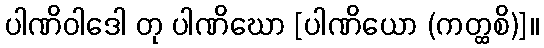
ပါဏိဝါဒေါ တု ပါဏိဃော [ပါဏိယော (ကတ္ထစိ)]။